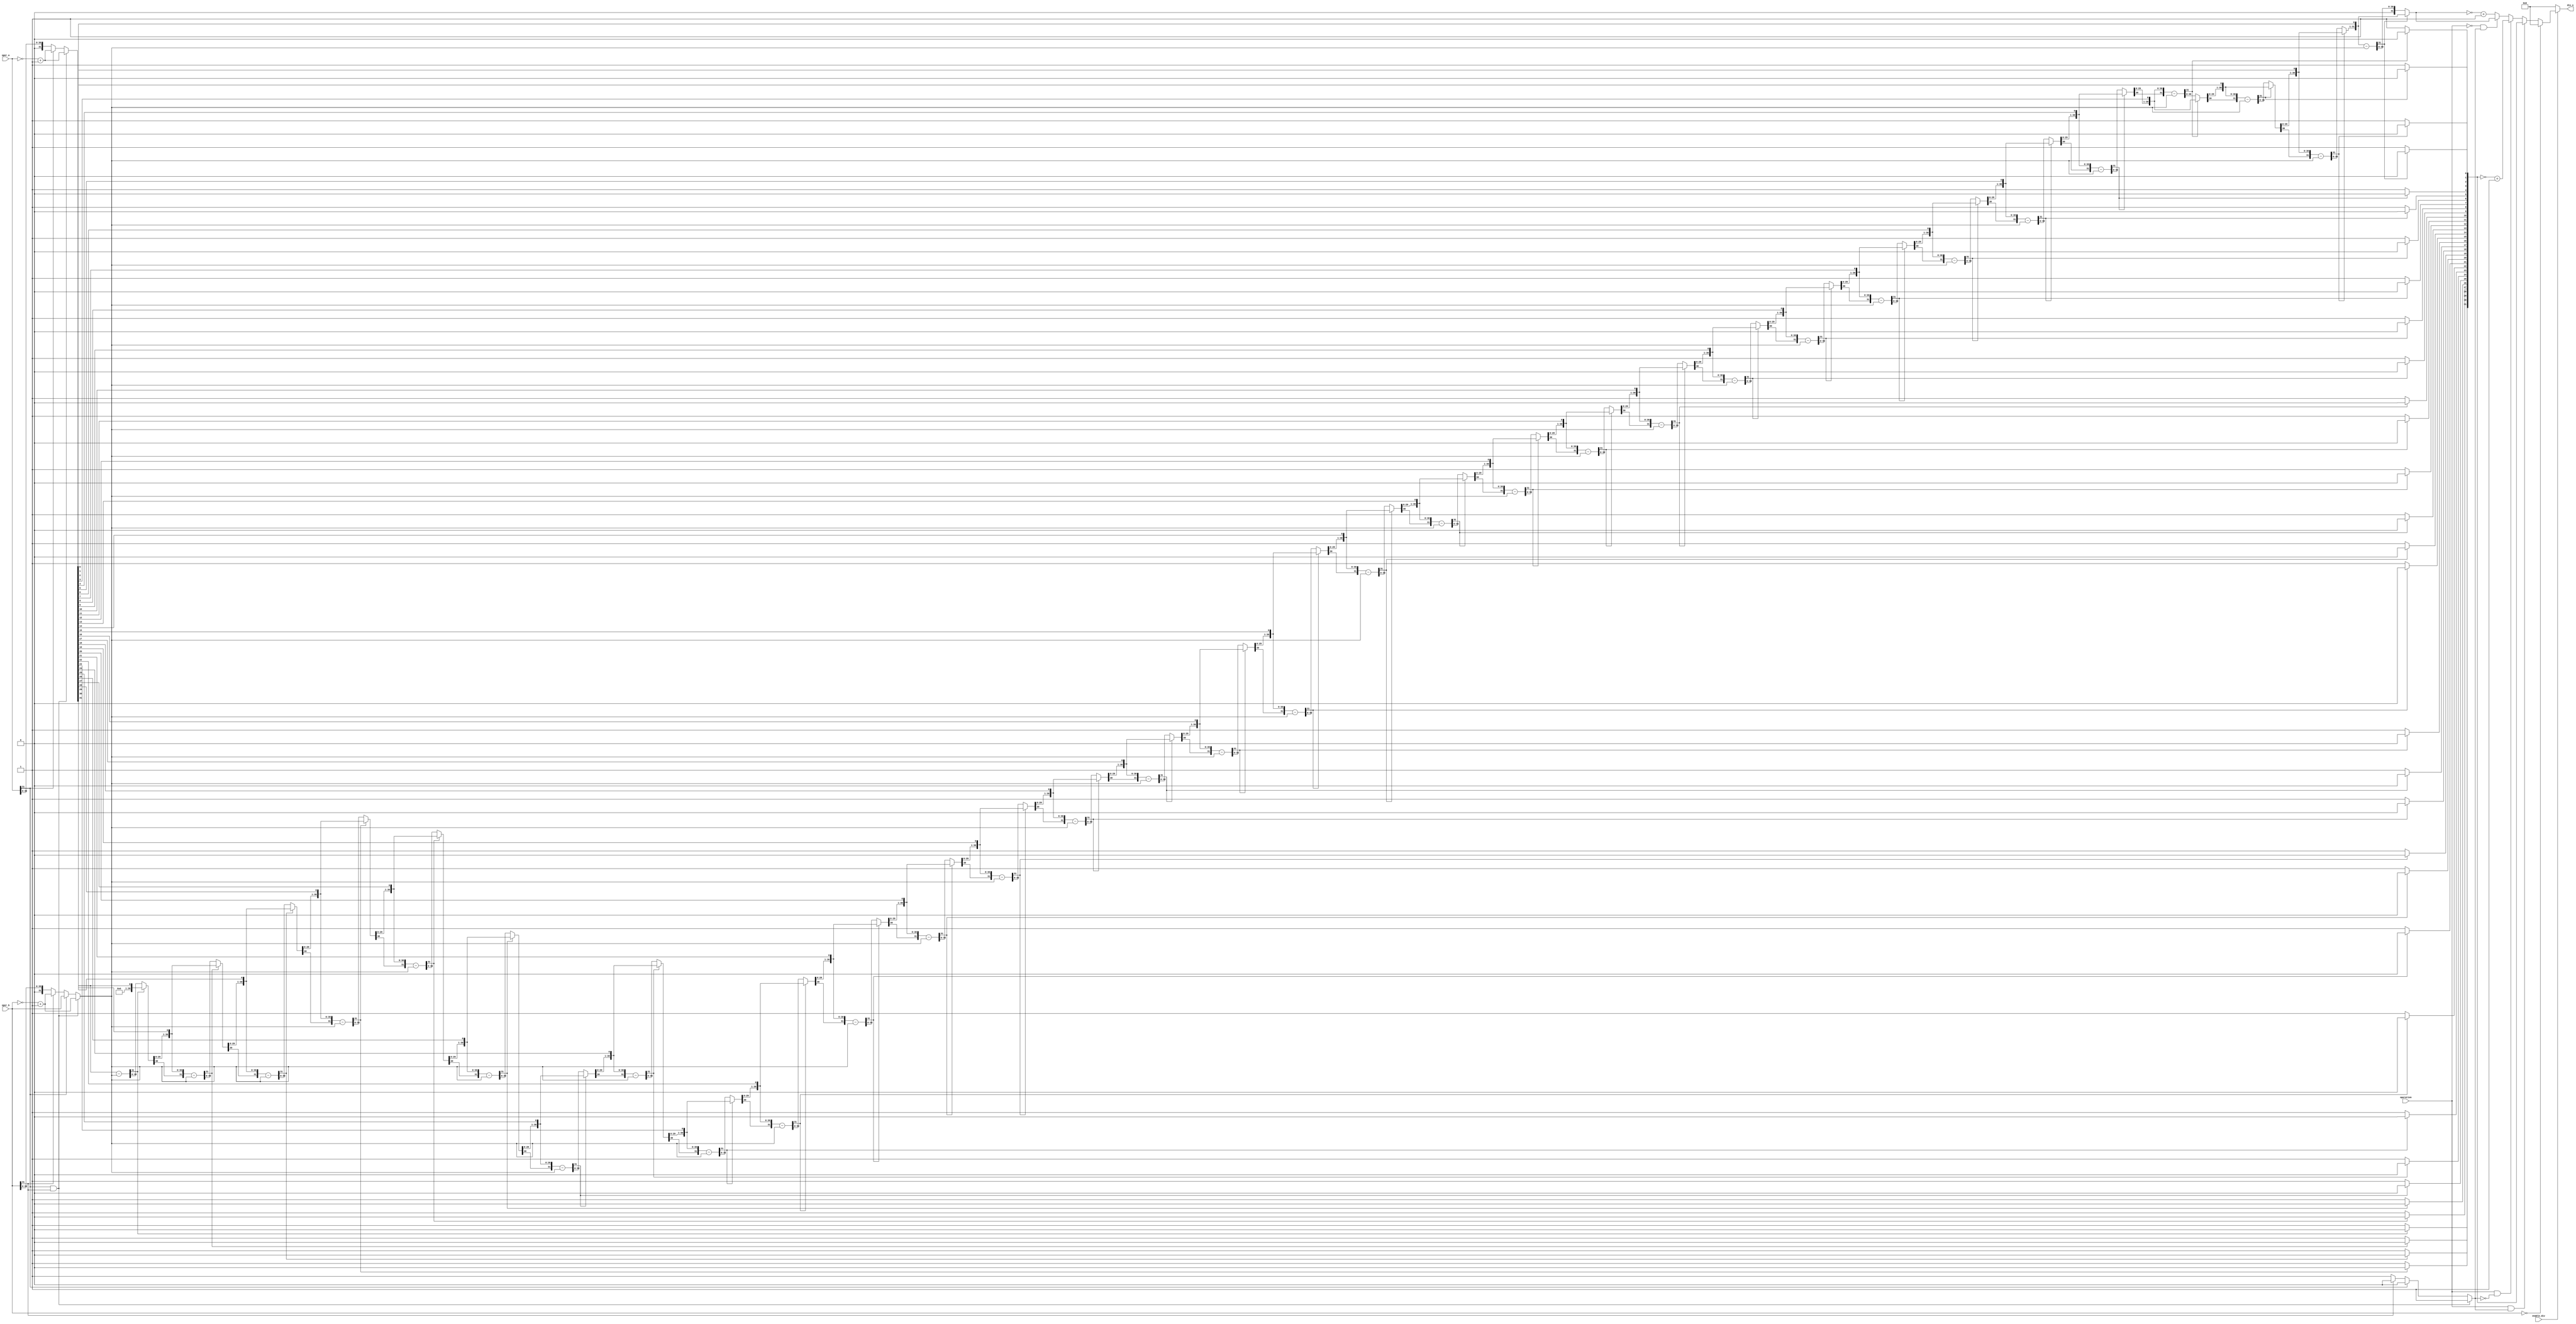
module division #(parameter length=32)(
 input wire signed [length-1:0] oper_a,oper_b,
 input wire operation,enable_div,
 // output reg divided_by_zero,
 output reg [length-1:0] div_o);
// output reg div_finish);
 
 
 
 
 integer n;
 
 
 reg [length-1:0] dividend,divisor;  
 reg pos_output;
 reg [length-1:0] A=0;
 reg [2*length-1:0] AQ;
 reg [length-1:0] temp_A;
 reg sign;
 
 always@(*)
 begin                         ////////convert from signed to unsigned 
   if(oper_a[length-1]&&oper_b[length-1])          //////if 2 input negative output s positve
     begin
     pos_output=1'b1;                        
     dividend= (~{oper_a})+1'b1;
     divisor= (~{oper_b})+1'b1;
   end
 else if(oper_a[length-1])          //////if input a negative output is negative
    begin
     pos_output=1'b0;
     dividend= (~{oper_a})+1'b1;
     divisor=oper_b;
   end
 else if
   (oper_b[length-1]) //////if input b negative output is negativ
    begin
     pos_output=1'b0;
     dividend=oper_a;
     divisor= (~{oper_b}) +1'b1;
   end
 else           //////if 2 input postive output is postive
    begin
     pos_output=1'b1;
     dividend=oper_a;
     divisor=oper_b;
   end
   
  AQ={A,dividend}  ;    ///////put an initial value for A and dividend to make the flow chart
  for (n=0;n<32;n=n+1)
   begin
     AQ=AQ<<1;               // shift left AQ (A concatenate to Q)
     temp_A=AQ[2*length-1:length] - divisor;      // ACC = ACC(AQ) - M 
     if(!temp_A[length-1])
       begin
         AQ[2*length-1:length]=temp_A;
         AQ[0]=1;
     end
     else
       begin
         AQ[0]=0;
       end
 end
 if(enable_div)
   begin
     if(oper_b=='b0)
       begin
    //     divided_by_zero='b1;
       //  div_finish='b1;
         div_o='b0;
       end
   else if (operation&&pos_output)              ///////instruction is div result pos
     begin
     //    divided_by_zero='b0;
         div_o=AQ[length-1:0];
       //  div_finish='b1;
       end
     else if(operation&&!pos_output)        ////instruction is div result neg
        begin
     //    divided_by_zero='b0;
         div_o=~AQ[length-1:0]+1;
      //   div_finish='b1;
       end
        else if(!operation&&pos_output)       ///////instruction is rem result is pos
        begin
    //     divided_by_zero='b0;
         div_o=AQ[2*length-1:length];
    //     div_finish='b1;
       end
       
     else
       begin
    //     divided_by_zero='b0;
         div_o=~AQ[2*length-1:length]+1;
   //      div_finish='b1;
       end
     end
     else
        begin
       //  divided_by_zero='b0;
         div_o='b0;
     //    div_finish='b0;
       end
       
 end
 endmodule